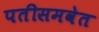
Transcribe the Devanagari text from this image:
पतीसमवेत